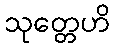
သုတ္တေဟိ